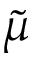
\tilde { \mu }